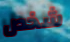
شخص